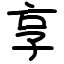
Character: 享